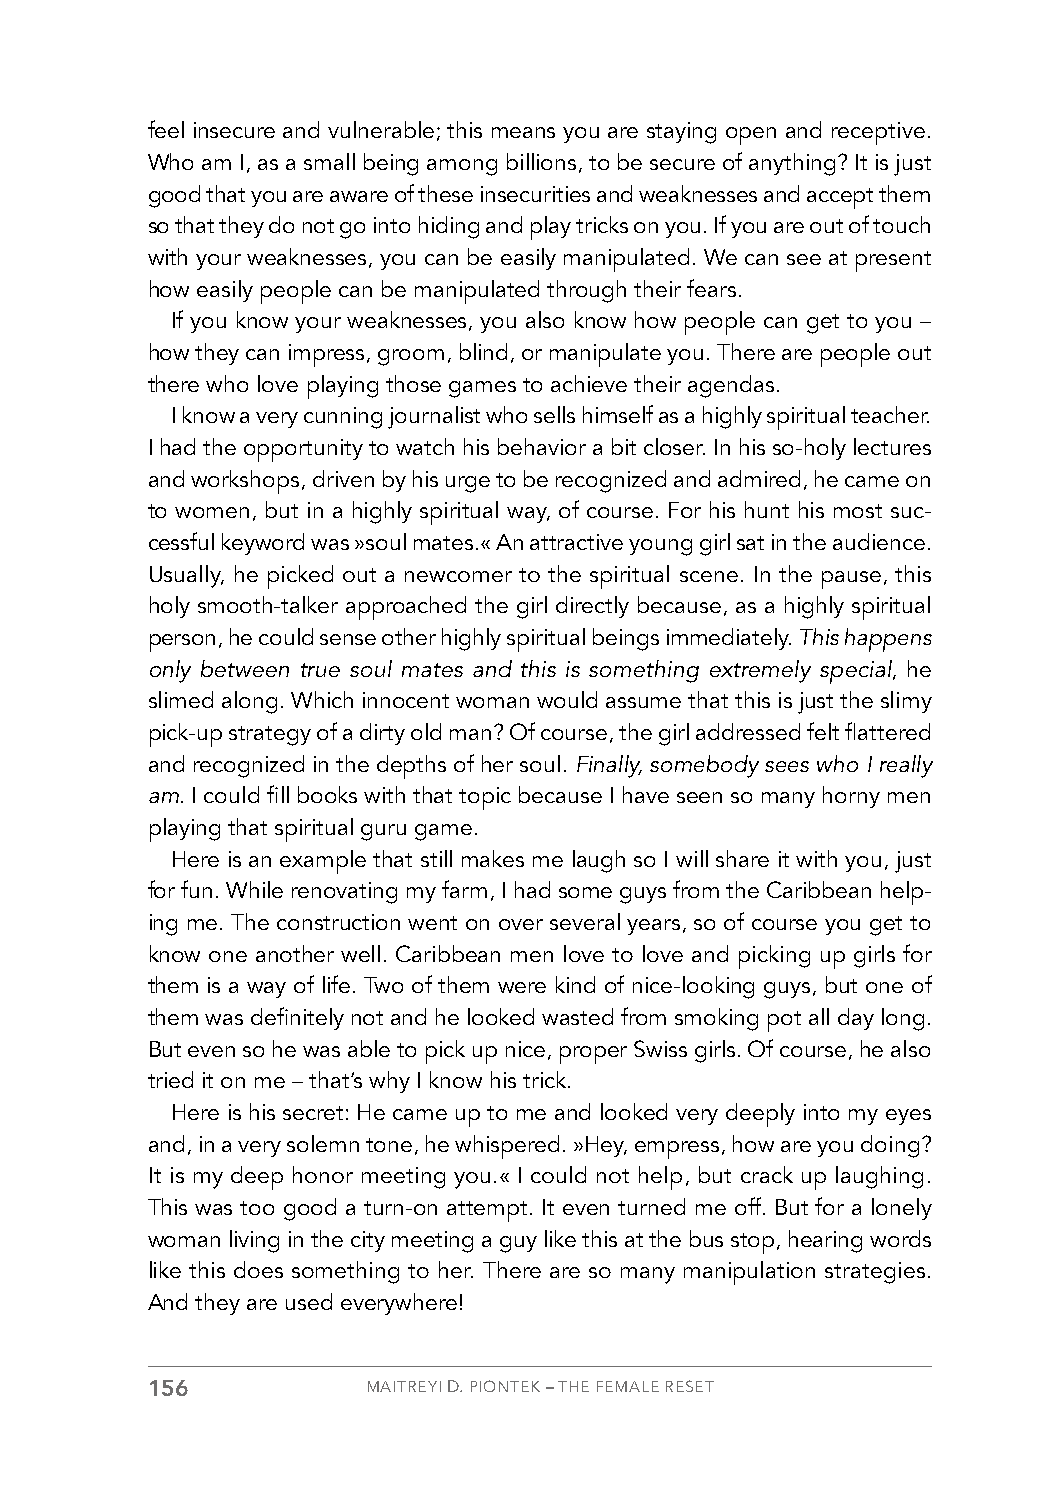
feel insecure and vulnerable; this means you are staying open and receptive.
 Who am I, as a small being among billions, to be secure of anything? It is just
 good that you are aware of these insecurities and weaknesses and accept them
 so that they do not go into hiding and play tricks on you. If you are out of touch
 with your weaknesses, you can be easily manipulated. We can see at present
 how easily people can be manipulated through their fears.
 If you know your weaknesses, you also know how people can get to you –
 how they can impress, groom, blind, or manipulate you. There are people out
 there who love playing those games to achieve their agendas.
 I know a very cunning journalist who sells himself as a highly spiritual teacher.
 I had the opportunity to watch his behavior a bit closer. In his so-holy lectures
 and workshops, driven by his urge to be recognized and admired, he came on
 to women, but in a highly spiritual way, of course. For his hunt his most suc-
 cessful keyword was »soul mates.« An attractive young girl sat in the audience.
 Usually, he picked out a newcomer to the spiritual scene. In the pause, this
 holy smooth-talker approached the girl directly because, as a highly spiritual
 person, he could sense other highly spiritual beings immediately. This happens
 only between true soul mates and this is something extremely special, he
 slimed along. Which innocent woman would assume that this is just the slimy
 pick-up strategy of a dirty old man? Of course, the girl addressed felt flattered
 and recognized in the depths of her soul. Finally, somebody sees who I really
 am. I could fill books with that topic because I have seen so many horny men
 playing that spiritual guru game.
 Here is an example that still makes me laugh so I will share it with you, just
 for fun. While renovating my farm, I had some guys from the Caribbean help-
 ing me. The construction went on over several years, so of course you get to
 know one another well. Caribbean men love to love and picking up girls for
 them is a way of life. Two of them were kind of nice-looking guys, but one of
 them was definitely not and he looked wasted from smoking pot all day long.
 But even so he was able to pick up nice, proper Swiss girls. Of course, he also
 tried it on me – that’s why I know his trick.
 Here is his secret: He came up to me and looked very deeply into my eyes
 and, in a very solemn tone, he whispered. »Hey, empress, how are you doing?
 It is my deep honor meeting you.« I could not help, but crack up laughing.
 This was too good a turn-on attempt. It even turned me off. But for a lonely
 woman living in the city meeting a guy like this at the bus stop, hearing words
 like this does something to her. There are so many manipulation strategies.
 And they are used everywhere!
 156           MAITREYI D. PIONTEK – THE FEMALE RESET